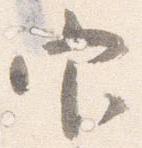
官